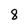
Character: 8